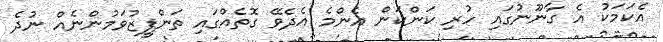
އެކަމަކު އެ ގާނޫނުގައި ހުރި ކަންކަން އެންމެ އެދެވޭ ގޮތެއްގައި ތަންފީޒުވަމުންނެއް ނުދެ